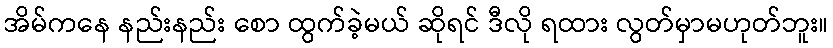
အိမ်ကနေ နည်းနည်း စော ထွက်ခဲ့မယ် ဆိုရင် ဒီလို ရထား လွတ်မှာမဟုတ်ဘူး။